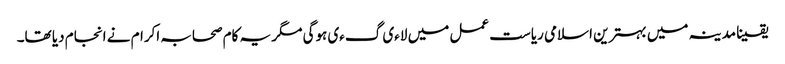
یقینا مدینہ میں بہترین اسلامی ریاست عمل میں لاءی گءی ہوگی مگر یہ کام صحابہ اکرام نے انجام دیا تھا۔